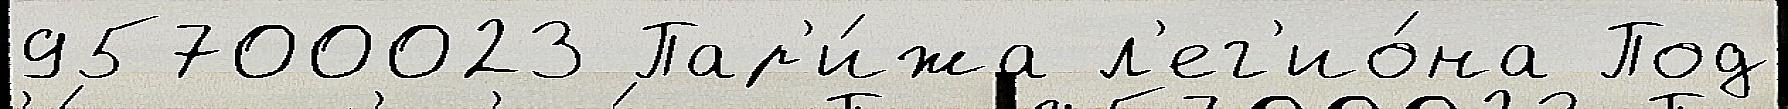
95700023 Пар'и́жа л'ег'ио́на Под